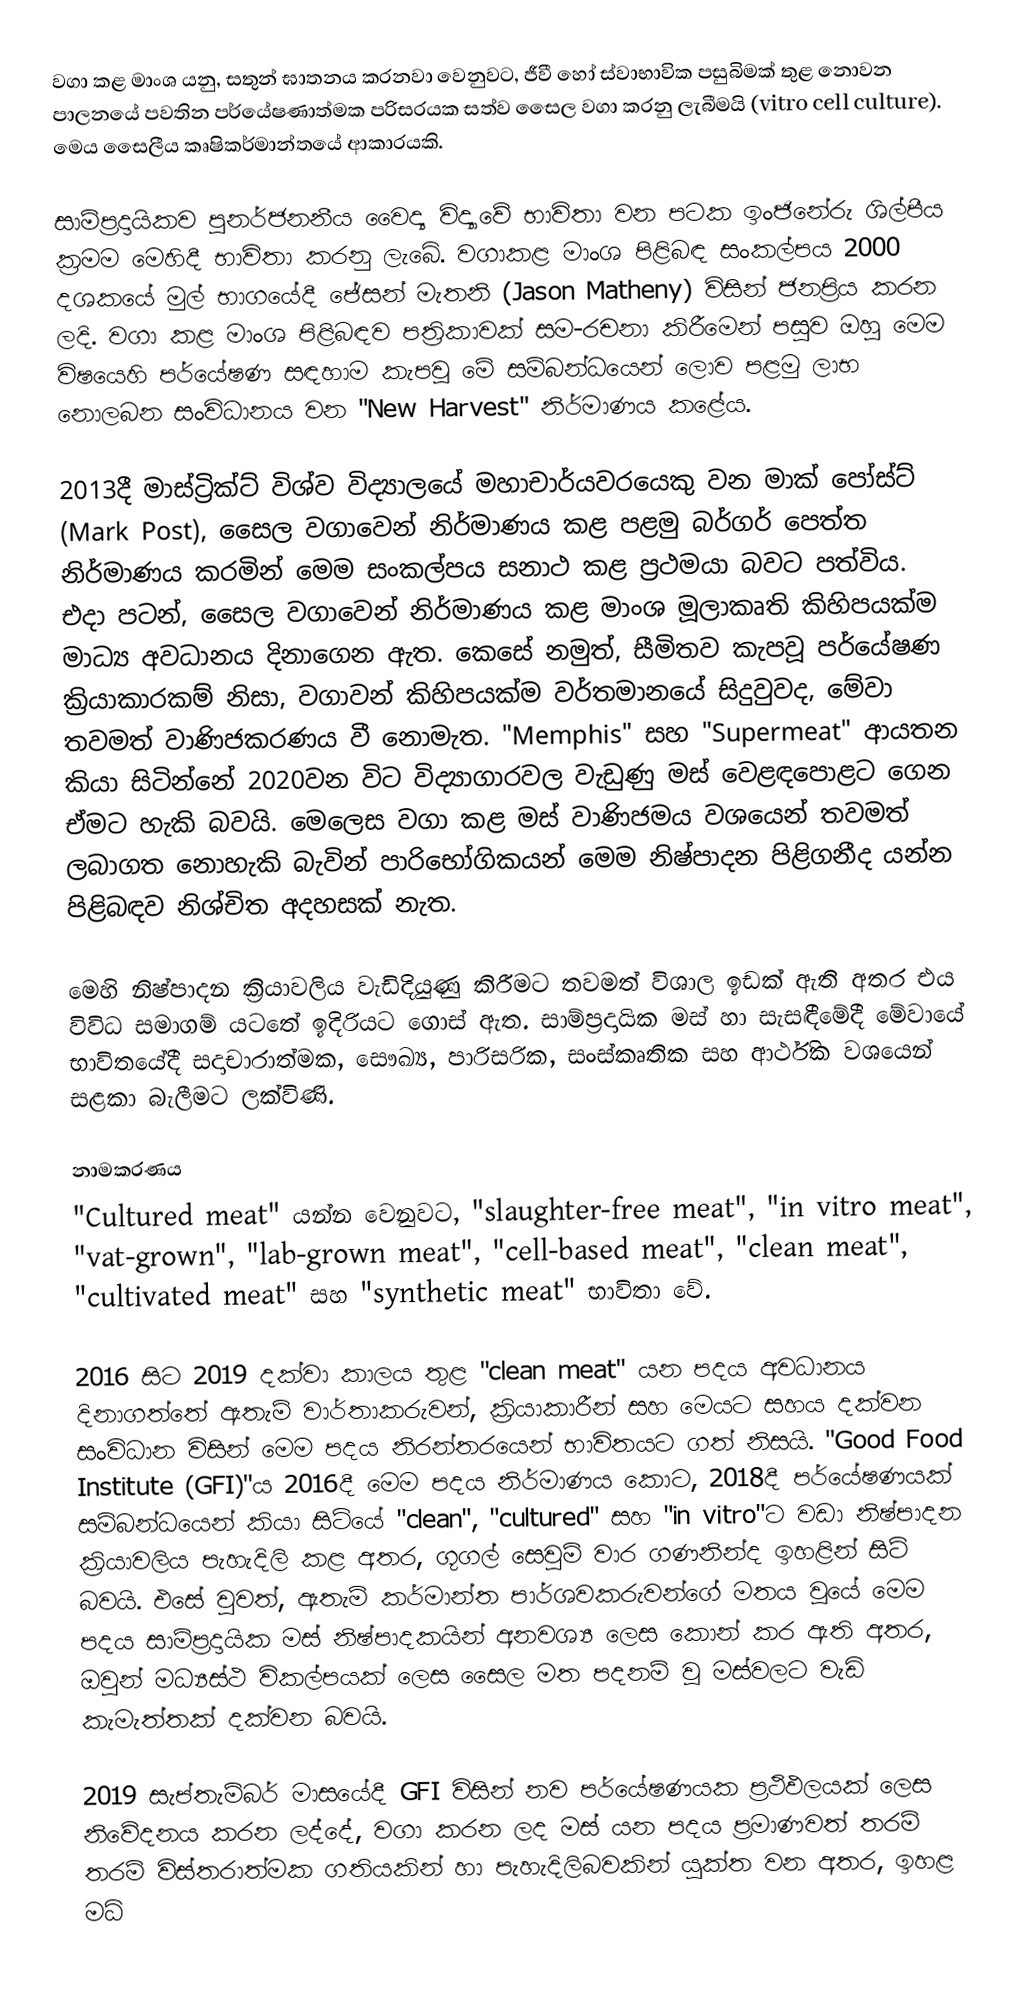
වගා කළ මාංශ යනු, සතුන් ඝාතනය කරනවා වෙනුවට, ජීවී හෝ ස්වාභාවික පසුබිමක් තුළ නොවන පාලනයේ පවතින පර්යේෂණාත්මක පරිසරයක සත්ව සෛල වගා කරනු ලැබීමයි (vitro cell culture). මෙය සෛලීය කෘෂිකර්මාන්තයේ ආකාරයකි.

සාම්ප්‍රදායිකව පුනර්ජනනීය වෛද්‍ය විද්‍යාවේ භාවිතා වන පටක ඉංජිනේරු ශිල්පීය ක්‍රමම මෙහිදී භාවිතා කරනු ලැබේ. වගාකළ මාංශ පිළිබඳ සංකල්පය 2000 දශකයේ මුල් භාගයේදී ජේසන් මැතනි (Jason Matheny) විසින් ජනප්‍රිය කරන ලදි. වගා කළ මාංශ පිළිබඳව පත්‍රිකාවක් සම-රචනා කිරීමෙන් පසුව ඔහු මෙම විෂයෙහි පර්යේෂණ සඳහාම කැපවූ මේ සම්බන්ධයෙන් ලොව පළමු ලාභ නොලබන සංවිධානය වන "New Harvest" නිර්මාණය කළේය.

2013දී මාස්ට්‍රික්ට් විශ්ව විද්‍යාලයේ මහාචාර්යවරයෙකු වන මාක් පෝස්ට් (Mark Post), සෛල වගාවෙන් නිර්මාණය කළ පළමු බර්ගර් පෙත්ත නිර්මාණය කරමින් මෙම සංකල්පය සනාථ කළ ප්‍රථමයා බවට පත්විය. එදා පටන්, සෛල වගාවෙන් නිර්මාණය කළ මාංශ මූලාකෘති කිහිපයක්ම මාධ්‍ය අවධානය දිනාගෙන ඇත. කෙසේ නමුත්, සීමිතව කැපවූ පර්යේෂණ ක්‍රියාකාරකම් නිසා, වගාවන් කිහිපයක්ම ව‍ර්තමානයේ සිදුවුවද, මේවා තවමත් වාණිජකරණය වී නොමැත. "Memphis" සහ "Supermeat" ආයතන කියා සිටින්නේ 2020වන විට විද්‍යාගාරවල වැඩුණු මස් වෙළඳපොළට ගෙන ඒමට හැකි බවයි. මෙලෙස වගා කළ මස් වාණිජමය වශයෙන් තවමත් ලබාගත නොහැකි බැවින් පාරිභෝගිකයන් මෙම නිෂ්පාදන පිළිගනීද යන්න පිළිබඳව නිශ්චිත අදහසක් නැත.

මෙහි නිෂ්පාදන ක්‍රියාවලිය වැඩිදියුණු කිරීමට තවමත් විශාල ඉඩක් ඇති අතර එය විවිධ සමාගම් යටතේ ඉදිරියට ගොස් ඇත. සාම්ප්‍රදායික මස් හා සැසඳීමේදී මේවායේ භාවිතයේදී සදාචාරාත්මක, සෞඛ්‍ය, පාරිසරික, සංස්කෘතික සහ ආර්ථික වශයෙන් සළකා බැලීමට ලක්විණි.

නාමකරණය
"Cultured meat" යන්න වෙනුවට, "slaughter-free meat", "in vitro meat", "vat-grown", "lab-grown meat", "cell-based meat", "clean meat", "cultivated meat" සහ "synthetic meat" භාවිතා වේ.

2016 සිට 2019 දක්වා කාලය තුළ "clean meat" යන පදය අවධානය දිනාගත්තේ ඇතැම් වාර්තාකරුවන්, ක්‍රියාකාරීන් සහ මෙයට සහය දක්වන සංවිධාන විසින් මෙම පදය නිරන්තරයෙන් භාවිතයට ගත් නිසයි. "Good Food Institute (GFI)"ය 2016දී මෙම පදය නිර්මාණය කොට, 2018දී පර්යේෂණයක් සම්බන්ධයෙන් කියා සිටියේ "clean", "cultured" සහ "in vitro"ට වඩා නිෂ්පාදන ක්‍රියාවලිය පැහැදිලි කළ අතර, ගූගල් සෙවුම් වාර ගණනින්ද ඉහළින් සිටි බවයි. එසේ වුවත්, ඇතැම් කර්මාන්ත පාර්ශවකරුවන්ගේ මතය වූයේ මෙම පදය සාම්ප්‍රදායික මස් නිෂ්පාදකයින් අනවශ්‍ය ලෙස කොන් කර ඇති අතර, ඔවුන් මධ්‍යස්ථ විකල්පයක් ලෙස සෛල මත පදනම් වූ මස්වලට වැඩි කැමැත්තක් දක්වන බවයි.

2019 සැප්තැම්බර් මාසයේදී GFI විසින් නව පර්යේෂණයක ප්‍රථිඵලයක් ලෙස නිවේදනය කරන ලද්දේ, වගා කරන ලද මස් යන පදය ප්‍රමාණවත් තරම් තරම් විස්තරාත්මක ගතියකින් හා පැහැදිලිබවකින් යුක්ත වන අතර, ඉහළ මධ්‍